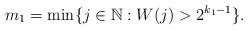
LaTeX: \begin{align*}m_1 = \min \{j \in \mathbb{N} : W(j) > 2^{k_1-1}\}.\end{align*}